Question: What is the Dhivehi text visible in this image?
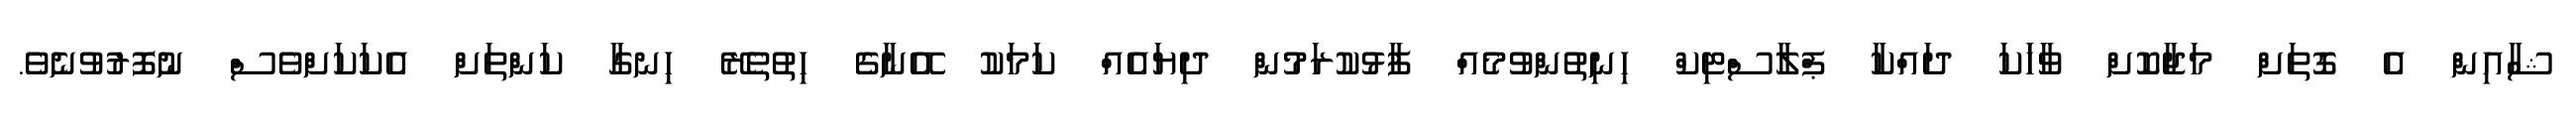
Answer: ޝާއިން އެ ގޮތަށް މަޖާކޮށް ވާހަަކަ ދައްކާ ޕްލާސްޓިކް ހިނިތުންވުމެއް ފާޅުކުރަމުން ދިޔައެއް ކަމަކު އޭނާގެ ހިތުތެރޭ ހިނގާ ކަންތަށް އެކަކަށްވެސް ނުފޮރުވުނެވެ.